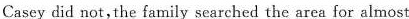
Casey did not,the family searched the area for almost